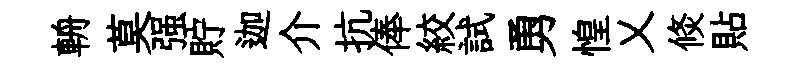
輈莫强貯迦介抗俸絞試勇惶乂倐貼